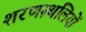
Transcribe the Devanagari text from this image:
शरणस्थलियों